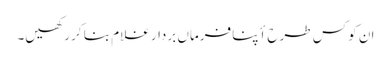
ان کو کس طرح أپنا فرماں بردار غلام بنا کر رکھیں۔